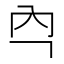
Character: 𭀻